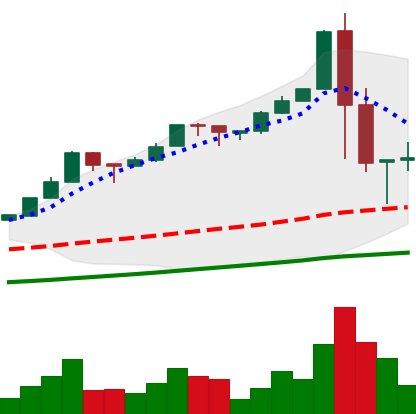
Ticker: BTC-USD
Chart end date: 2017-01-08
Forward return: -9.571%
Label: down_7plus